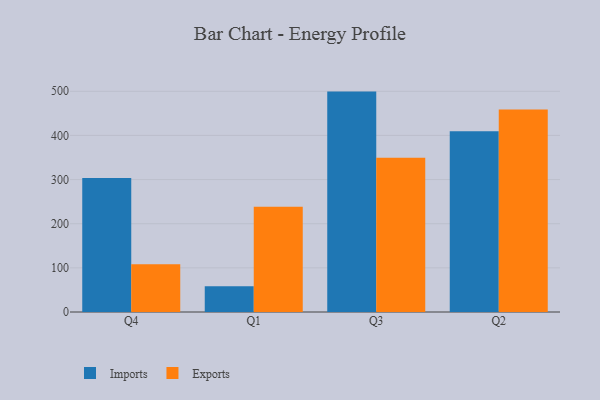
{"axis": {"x": "Quarter", "y": "Churn Rate (%)"}, "legend": ["Exports", "Imports"], "data": [{"x": "Q4", "y": 303.4, "type": "Imports"}, {"x": "Q4", "y": 108.3, "type": "Exports"}, {"x": "Q1", "y": 58.2, "type": "Imports"}, {"x": "Q1", "y": 238.3, "type": "Exports"}, {"x": "Q3", "y": 499.3, "type": "Imports"}, {"x": "Q3", "y": 349.3, "type": "Exports"}, {"x": "Q2", "y": 409.5, "type": "Imports"}, {"x": "Q2", "y": 458.5, "type": "Exports"}]}